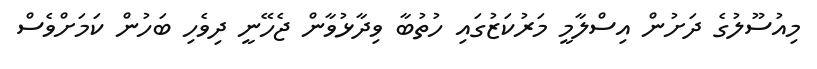
މިއުސޫލުގެ ދަށުން އިސްލާމީ މަރުކަޒުގައި ހުތުބާ ވިދާޅުވާން ޖެހޭނީ ދިވެހި ބަހުން ކަމަށްވެސް